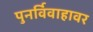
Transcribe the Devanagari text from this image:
पुनर्विवाहावर